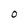
Character: O